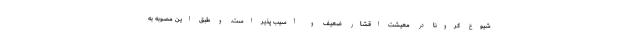
شیوع کرونا در معیشت اقشار ضعیف و آسیب پذیر است. و طبق این مصوبه به